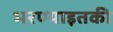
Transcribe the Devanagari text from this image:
भरण्याइतकी